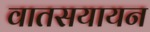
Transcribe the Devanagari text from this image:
वातसयायन